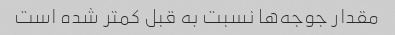
مقدار جوجه‌ها نسبت به قبل کمتر شده است